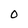
Character: O